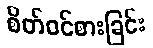
စိတ်ဝင်စားခြင်း